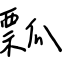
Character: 瓢